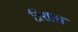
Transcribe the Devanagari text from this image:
त्रिशाख